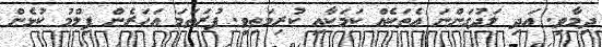
ދިމާވި. އަދި ލަދުގަންނަ އެތަކެއް ކަމަކާއި ކުރިމަތިވި. ފުރަތަމަ އަހަރެން ފިލްމު ކުޅެން